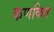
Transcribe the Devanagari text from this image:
कणकित